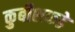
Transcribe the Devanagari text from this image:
कुबीशकडे